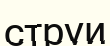
струи